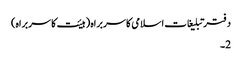
دفتر تبلیغات اسلامی کا سربراہ (ہیئت کا سربراہ)
2۔